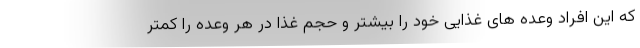
که این افراد وعده های غذایی خود را بیشتر و حجم غذا در هر وعده را کمتر